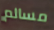
مسالم